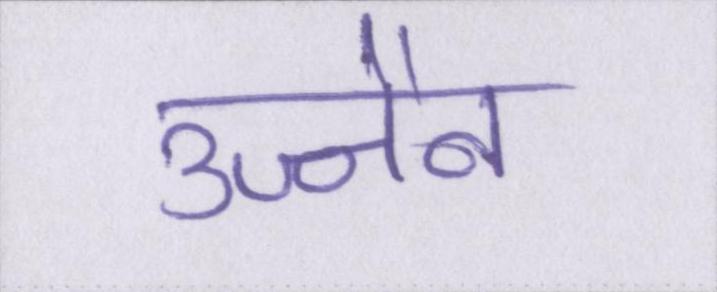
उज्जैन